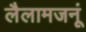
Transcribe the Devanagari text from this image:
लैलामजनूं